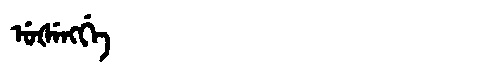
Manchu: ᡠᡧᡝᠩᡤᡝ
Romanization: UŠENGGE